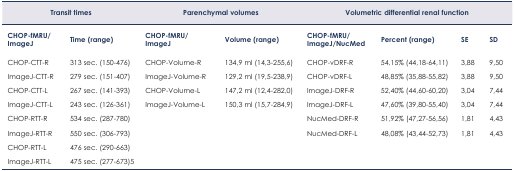
| <COLSPAN=2> Transit times | <COLSPAN=2> Parenchymal volumes | <COLSPAN=4> Volumetric differential renal function |
 | CHOP-fMRU/ImageJ | Time (range) | CHOP-fMRU/ImageJ | Volume (range) | CHOP-fMRU/ImageJ/NucMed | Percent (range) | SE | SD |
 | --- | --- | --- | --- | --- | --- | --- | --- |
 | CHOP-CTT-R | 313 sec. (150–476) | CHOP-Volume-R | 134,9 ml (14,3–255,6) | CHOP-vDRF-R | 54,15% (44,18–64,11) | 3,88 | 9,50 |
 | ImageJ-CTT-R | 279 sec. (151–407) | ImageJ-Volume-R | 129,2 ml (19,5–238,9) | CHOP-vDRF-L | 48,85% (35,88–55,82) | 3,88 | 9,50 |
 | CHOP-CTT-L | 267 sec. (141–393) | CHOP-Volume-L | 147,2 ml (12,4–282,0) | ImageJ-DRF-R | 52,40% (44,60–60,20) | 3,04 | 7,44 |
 | ImageJ-CTT-L | 243 sec. (126–361) | ImageJ-Volume-L | 150,3 ml (15,7–284,9) | ImageJ-DRF-L | 47,60% (39,80–55,40) | 3,04 | 7,44 |
 | CHOP-RTT-R | 534 sec. (287–780) |  |  | NucMed-DRF-R | 51,92% (47,27–56,56) | 1,81 | 4,43 |
 | ImageJ-RTT-R | 550 sec. (306–793) |  |  | NucMed-DRF-L | 48,08% (43,44–52,73) | 1,81 | 4,43 |
 | CHOP-RTT-L | 476 sec. (290–663) |  |  |  |  |  |  |
 | ImageJ-RTT-L | 475 sec. (277–673)5 |  |  |  |  |  |  |